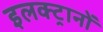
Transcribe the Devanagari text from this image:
इलक्ट्रानों